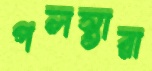
পলস্তারা